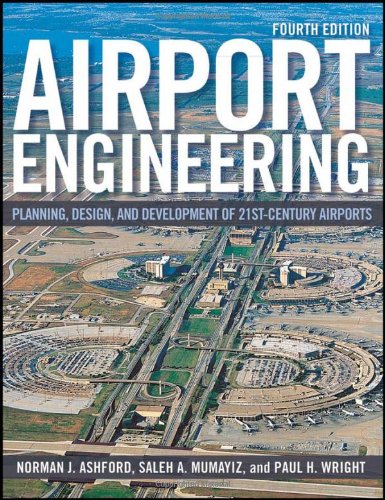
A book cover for Airport Engineering: Planning, Design and Development of 21st Century Airports; Norman J. Ashford; Engineering & Transportation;